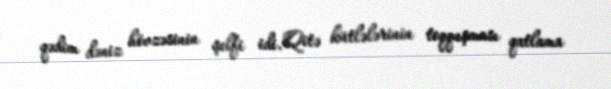
qədim dəniz hövzəsinin şelfi idi. Qitə kütlələrinin toqquşması qatlama